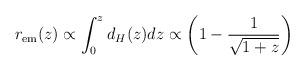
LaTeX: \begin{align*}r_{\rm em}(z) \propto \int_0^z d_H(z) dz \propto \left( 1 - \frac{1}{\sqrt{1+z}}\right)\end{align*}